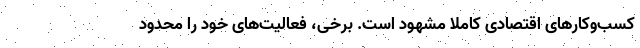
کسب‌وکارهای اقتصادی کاملا مشهود است. برخی، فعالیت‌های خود را محدود